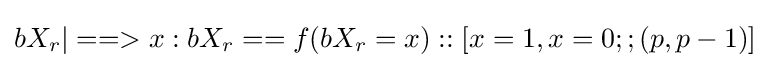
bX_{r}|==>{x:bX_{r}==f(bX_{r}=x)::[x=1,x=0;;(p,p-1)]}